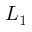
L _ { 1 }